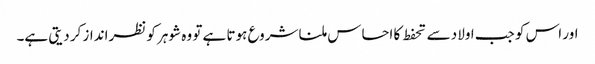
اور اس کو جب اولاد سے تحفط کا احساس ملنا شروع ہوتا ہے تو وہ شوہر کو نظرانداز کر دیتی ہے۔